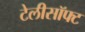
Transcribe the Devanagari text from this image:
टेलीसॉफ्ट